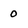
Character: 0